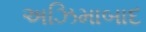
અઝિમાબાદ